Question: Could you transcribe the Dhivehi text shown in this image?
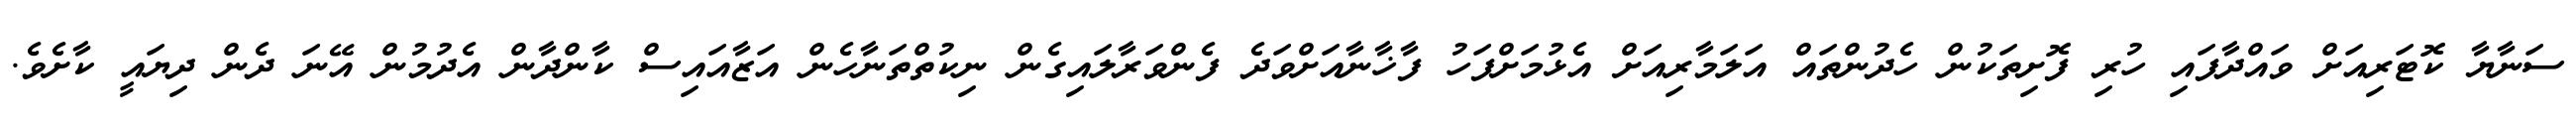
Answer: ސަނާޔާ ކޮޓަރިއަށް ވައްދާފައި ހުރި ފޮށިތަކުން ހެދުންތައް އަލަމާރިއަށް އެޅުމަށްފަހު ފާޚާނާއަށްވަދެ ފެންވަރާލައިގެން ނިކުތްތަނާހެން އަޒާއައިސް ކާންދާން އެދުމުން އޭނަ ދެން ދިޔައީ ކާށެވެ.